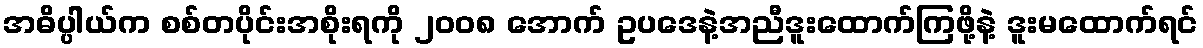
အဓိပ္ပါယ်က စစ်တပိုင်းအစိုးရကို ၂၀၀၈ အောက် ဥပဒေနဲ့အညီဒူးထောက်ကြဖို့နဲ့ ဒူးမထောက်ရင်